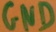
Text: GND